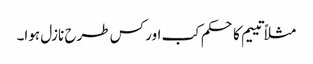
مثلاً تییم کا حکم کب اور کس طرح نازل ہوا۔